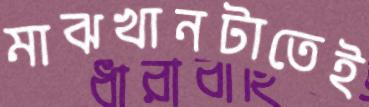
মাঝখানটাতেই